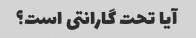
آیا تحت گارانتی است؟